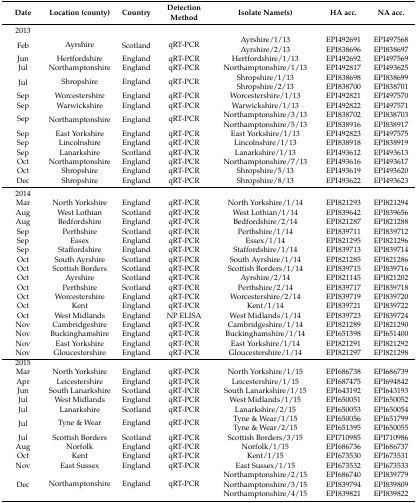
<table><thead><tr><td><b>Date</b></td><td><b>Location (county)</b></td><td><b>Country</b></td><td><b>Detection method</b></td><td><b>Isolate name(s)</b></td><td><b>HA acc.</b></td><td><b>NA acc.</b></td></tr></thead><tbody><tr><td>2013</td><td colspan="6"></td></tr><tr><td rowspan="2">Feb</td><td rowspan="2">Ayrshire</td><td rowspan="2">Scotland</td><td rowspan="2">qRT-PCR</td><td>Ayrshire/1/13</td><td>EPI492691</td><td>EPI497568</td></tr><tr><td>Ayrshire/2/13</td><td>EPI838696</td><td>EPI838697</td></tr><tr><td>Jun</td><td>Hertfordshire</td><td>England</td><td>qRT-PCR</td><td>Hertfordshire/1/13</td><td>EPI492692</td><td>EPI497569</td></tr><tr><td>Jul</td><td>Northamptonshire</td><td>England</td><td>qRT-PCR</td><td>Northamptonshire/1/13</td><td>EPI492817</td><td>EPI493625</td></tr><tr><td rowspan="2">Jul</td><td rowspan="2">Shropshire</td><td rowspan="2">England</td><td rowspan="2">qRT-PCR</td><td>Shropshire/1/13</td><td>EPI838698</td><td>EPI838699</td></tr><tr><td>Shropshire/2/13</td><td>EPI838700</td><td>EPI838701</td></tr><tr><td>Sep</td><td>Worcestershire</td><td>England</td><td>qRT-PCR</td><td>Worcestershire/1/13</td><td>EPI492821</td><td>EPI497570</td></tr><tr><td>Sep</td><td>Warwickshire</td><td>England</td><td>qRT-PCR</td><td>Warwickshire/1/13</td><td>EPI492822</td><td>EPI497571</td></tr><tr><td rowspan="2">Sep</td><td rowspan="2">Northamptonshire</td><td rowspan="2">England</td><td rowspan="2">qRT-PCR</td><td>Northamptonshire/3/13</td><td>EPI838702</td><td>EPI838703</td></tr><tr><td>Northamptonshire/5/13</td><td>EPI838916</td><td>EPI838917</td></tr><tr><td>Sep</td><td>East Yorkshire</td><td>England</td><td>qRT-PCR</td><td>East Yorkshire/1/13</td><td>EPI492823</td><td>EPI497575</td></tr><tr><td>Sep</td><td>Lincolnshire</td><td>England</td><td>qRT-PCR</td><td>Lincolnshire/1/13</td><td>EPI838918</td><td>EPI838919</td></tr><tr><td>Sep</td><td>Lanarkshire</td><td>Scotland</td><td>qRT-PCR</td><td>Lanarkshire/1/13</td><td>EPI493612</td><td>EPI493613</td></tr><tr><td>Oct</td><td>Northamptonshire</td><td>England</td><td>qRT-PCR</td><td>Northamptonshire/7/13</td><td>EPI493616</td><td>EPI493617</td></tr><tr><td>Oct</td><td>Shropshire</td><td>England</td><td>qRT-PCR</td><td>Shropshire/5/13</td><td>EPI493619</td><td>EPI493620</td></tr><tr><td>Dec</td><td>Shropshire</td><td>England</td><td>qRT-PCR</td><td>Shropshire/8/13</td><td>EPI493622</td><td>EPI493623</td></tr><tr><td>2014</td><td colspan="6"></td></tr><tr><td>Mar</td><td>North Yorkshire</td><td>England</td><td>qRT-PCR</td><td>North Yorkshire/1/14</td><td>EPI821293</td><td>EPI821294</td></tr><tr><td>Aug</td><td>West Lothian</td><td>Scotland</td><td>qRT-PCR</td><td>West Lothian/1/14</td><td>EPI839642</td><td>EPI839656</td></tr><tr><td>Aug</td><td>Bedfordshire</td><td>England</td><td>qRT-PCR</td><td>Bedfordshire/2/14</td><td>EPI821287</td><td>EPI821288</td></tr><tr><td>Sep</td><td>Perthshire</td><td>Scotland</td><td>qRT-PCR</td><td>Perthshire/1/14</td><td>EPI839711</td><td>EPI839712</td></tr><tr><td>Sep</td><td>Essex</td><td>England</td><td>qRT-PCR</td><td>Essex/1/14</td><td>EPI821295</td><td>EPI821296</td></tr><tr><td>Sep</td><td>Staffordshire</td><td>England</td><td>qRT-PCR</td><td>Staffordshire/1/14</td><td>EPI839713</td><td>EPI839714</td></tr><tr><td>Oct</td><td>South Ayrshire</td><td>Scotland</td><td>qRT-PCR</td><td>South Ayrshire/1/14</td><td>EPI821285</td><td>EPI821286</td></tr><tr><td>Oct</td><td>Scottish Borders</td><td>Scotland</td><td>qRT-PCR</td><td>Scottish Borders/1/14</td><td>EPI839715</td><td>EPI839716</td></tr><tr><td>Oct</td><td>Ayrshire</td><td>Scotland</td><td>qRT-PCR</td><td>Ayrshire/2/14</td><td>EPI821145</td><td>EPI821202</td></tr><tr><td>Oct</td><td>Perthshire</td><td>Scotland</td><td>qRT-PCR</td><td>Perthshire/2/14</td><td>EPI839717</td><td>EPI839718</td></tr><tr><td>Oct</td><td>Worcestershire</td><td>England</td><td>qRT-PCR</td><td>Worcestershire/2/14</td><td>EPI839719</td><td>EPI839720</td></tr><tr><td>Oct</td><td>Kent</td><td>England</td><td>qRT-PCR</td><td>Kent/1/14</td><td>EPI839721</td><td>EPI839722</td></tr><tr><td>Oct</td><td>West Midlands</td><td>England</td><td>NP ELISA</td><td>West Midlands/1/14</td><td>EPI839723</td><td>EPI839724</td></tr><tr><td>Nov</td><td>Cambridgeshire</td><td>England</td><td>qRT-PCR</td><td>Cambridgeshire/1/14</td><td>EPI821289</td><td>EPI821290</td></tr><tr><td>Nov</td><td>Buckinghamshire</td><td>England</td><td>qRT-PCR</td><td>Buckinghamshire/1/14</td><td>EPI651398</td><td>EPI651400</td></tr><tr><td>Nov</td><td>East Yorkshire</td><td>England</td><td>qRT-PCR</td><td>East Yorkshire/1/14</td><td>EPI821291</td><td>EPI821292</td></tr><tr><td>Nov</td><td>Gloucestershire</td><td>England</td><td>qRT-PCR</td><td>Gloucestershire/1/14</td><td>EPI821297</td><td>EPI821298</td></tr><tr><td>2015</td><td colspan="6"></td></tr><tr><td>Mar</td><td>North Yorkshire</td><td>England</td><td>qRT-PCR</td><td>North Yorkshire/1/15</td><td>EPI686738</td><td>EPI686739</td></tr><tr><td>Apr</td><td>Leicestershire</td><td>England</td><td>qRT-PCR</td><td>Leicestershire/1/15</td><td>EPI687475</td><td>EPI694842</td></tr><tr><td>Jun</td><td>South Lanarkshire</td><td>Scotland</td><td>qRT-PCR</td><td>South Lanarkshire/1/15</td><td>EPI643192</td><td>EPI643193</td></tr><tr><td>Jul</td><td>West Midlands</td><td>England</td><td>qRT-PCR</td><td>West Midlands/1/15</td><td>EPI650051</td><td>EPI650052</td></tr><tr><td>Jul</td><td>Lanarkshire</td><td>Scotland</td><td>qRT-PCR</td><td>Lanarkshire/2/15</td><td>EPI650053</td><td>EPI650054</td></tr><tr><td rowspan="2">Jul</td><td rowspan="2">Tyne &amp; Wear</td><td rowspan="2">England</td><td rowspan="2">qRT-PCR</td><td>Tyne &amp; Wear/1/15</td><td>EPI650056</td><td>EPI651799</td></tr><tr><td>Tyne &amp; Wear/2/15</td><td>EPI651395</td><td>EPI650055</td></tr><tr><td>Jul</td><td>Scottish Borders</td><td>Scotland</td><td>qRT-PCR</td><td>Scottish Borders/3/15</td><td>EPI710985</td><td>EPI710986</td></tr><tr><td>Aug</td><td>Norfolk</td><td>England</td><td>qRT-PCR</td><td>Norfolk/1/15</td><td>EPI686736</td><td>EPI686737</td></tr><tr><td>Oct</td><td>Kent</td><td>England</td><td>qRT-PCR</td><td>Kent/1/15</td><td>EPI673530</td><td>EPI673531</td></tr><tr><td>Nov</td><td>East Sussex</td><td>England</td><td>qRT-PCR</td><td>East Sussex/1/15</td><td>EPI673532</td><td>EPI673533</td></tr><tr><td rowspan="3">Dec</td><td rowspan="3">Northamptonshire</td><td rowspan="3">England</td><td rowspan="3">qRT-PCR</td><td>Northamptonshire/2/15</td><td>EPI686740</td><td>EPI839779</td></tr><tr><td>Northamptonshire/3/15</td><td>EPI839794</td><td>EPI839809</td></tr><tr><td>Northamptonshire/4/15</td><td>EPI839821</td><td>EPI839822</td></tr></tbody></table>